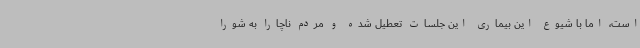
است، اما با شیوع این بیماری این جلسات تعطیل شده و مردم ناچارا به شورا